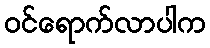
ဝင်ရောက်လာပါက